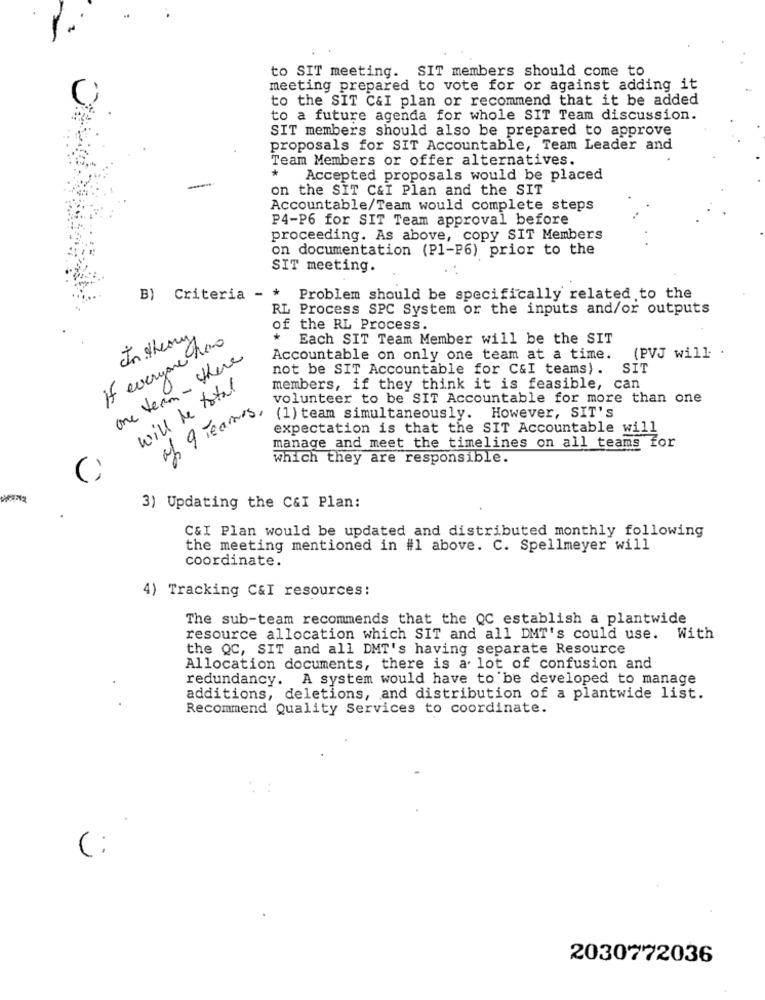
to SIT meeting. SIT members should come to
meeting prepared to vote for or against adding it
to the SIT C&I plan or recommend that it be added
to a future agenda for whole SIT Team discussion.
SIT members should also be prepared to approve
proposals for SIT Accountable, Team Leader and
Team Members or offer alternatives.
*
Accepted proposals would be placed
on the SIT C&I Plan and the SIT
Accountable/Team would complete steps
P4-P6 for SIT Team approval before
proceeding. As above, copy SIT Members
on documentation (Pl-P6) prior to the
SIT meeting.
B) Criteria - *
Problem should be specifically related to the
RL Process SPC System or the inputs and/or outputs
of the RL Process.
If everyone has
In theory
Each SIT Team Member will be the SIT
one team - there
Accountable on only one team at a time.
(PVJ will .
not be SIT Accountable for C&I teams). SIT
will be total
members, if they think it is feasible, can
volunteer to be SIT Accountable for more than one
of 9 Teamss.
(1) team simultaneously.
However, SIT's
expectation is that the SIT Accountable will
manage and meet the timelines on all teams for
which they are responsible.
3) Updating the C&I Plan:
C&I Plan would be updated and distributed monthly following
the meeting mentioned in #1 above. C. Spellmeyer will
coordinate.
4) Tracking C&I resources:
The sub-team recommends that the QC establish a plantwide
resource allocation which SIT and all DMT's could use. With
the QC, SIT and all DMT's having separate Resource
Allocation documents, there is a lot of confusion and
redundancy. A system would have to be developed to manage
additions, deletions, and distribution of a plantwide list.
Recommend Quality Services to coordinate.
2030772036